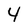
Character: 4